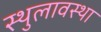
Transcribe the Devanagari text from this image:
स्थुलावस्था